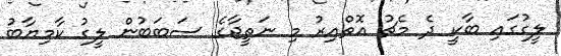
ލީގުގައި ބާކީ ދެ މެޗު އޮތްއިރު މި ނަތީޖާގެ ސަބަބުން ލީގު ކާމިޔާބު